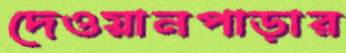
দেওয়ানপাড়ার